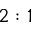
2 : 1